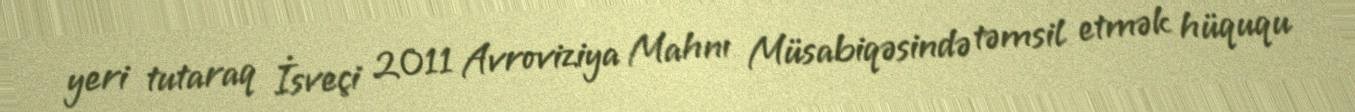
yeri tutaraq İsveçi 2011 Avroviziya Mahnı Müsabiqəsində təmsil etmək hüququ